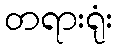
တရားရုံး